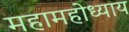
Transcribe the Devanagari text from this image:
महामहोध्याय